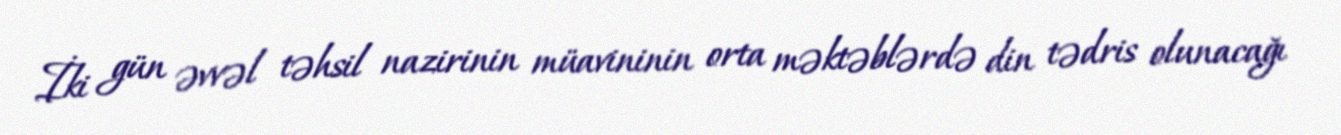
İki gün əvvəl təhsil nazirinin müavininin orta məktəblərdə din tədris olunacağı